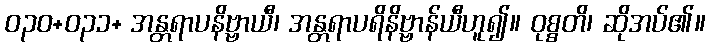
ဝ၃၀+၀၃၁+ အန္တရာပနိဗ္ဗာယီ၊ အန္တရာပရိနိဗ္ဗာန်ယီဟူ၍။ ဝုစ္စတိ၊ ဆိုအပ်၏။